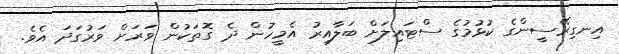
އިނގިރޭސީންގެ ކުޅުމުގެ ސްޓައިލަށް ބަލާއިރު އެމީހުން ދެ ގޮތަކުން ވަރަށް ވަރުގަދަ އެވެ.